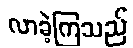
လာခဲ့ကြသည်